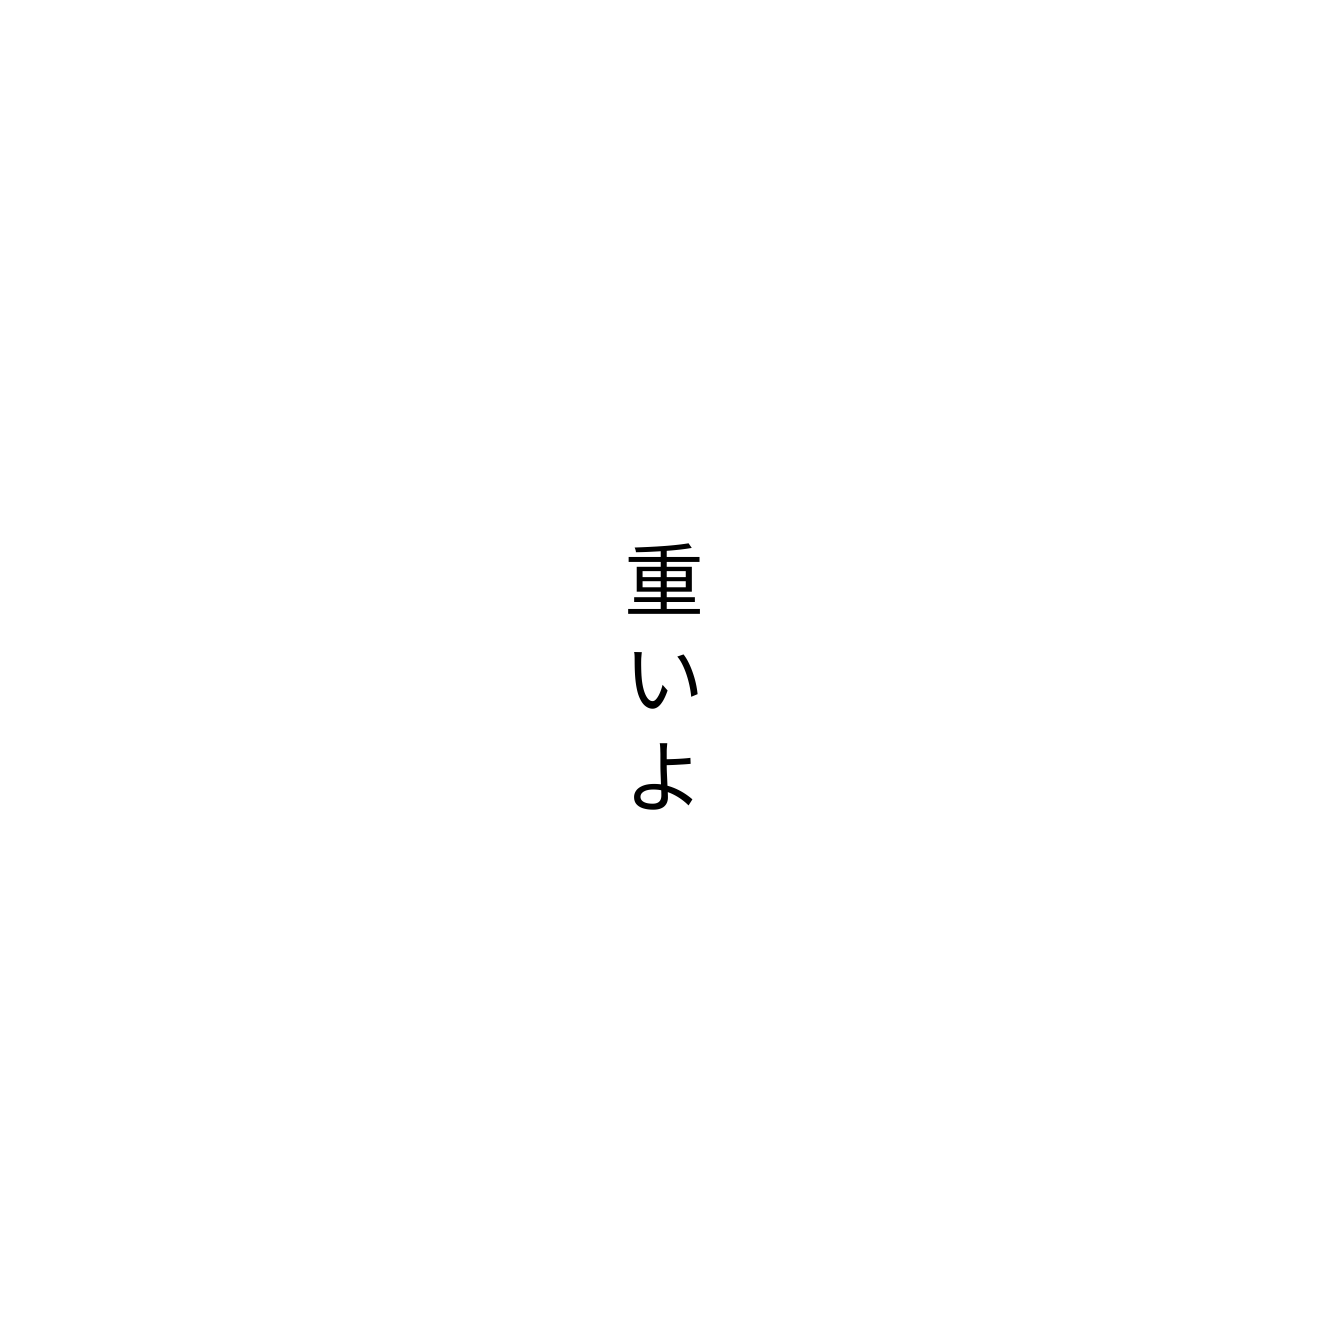
重いよ